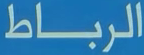
الرباط